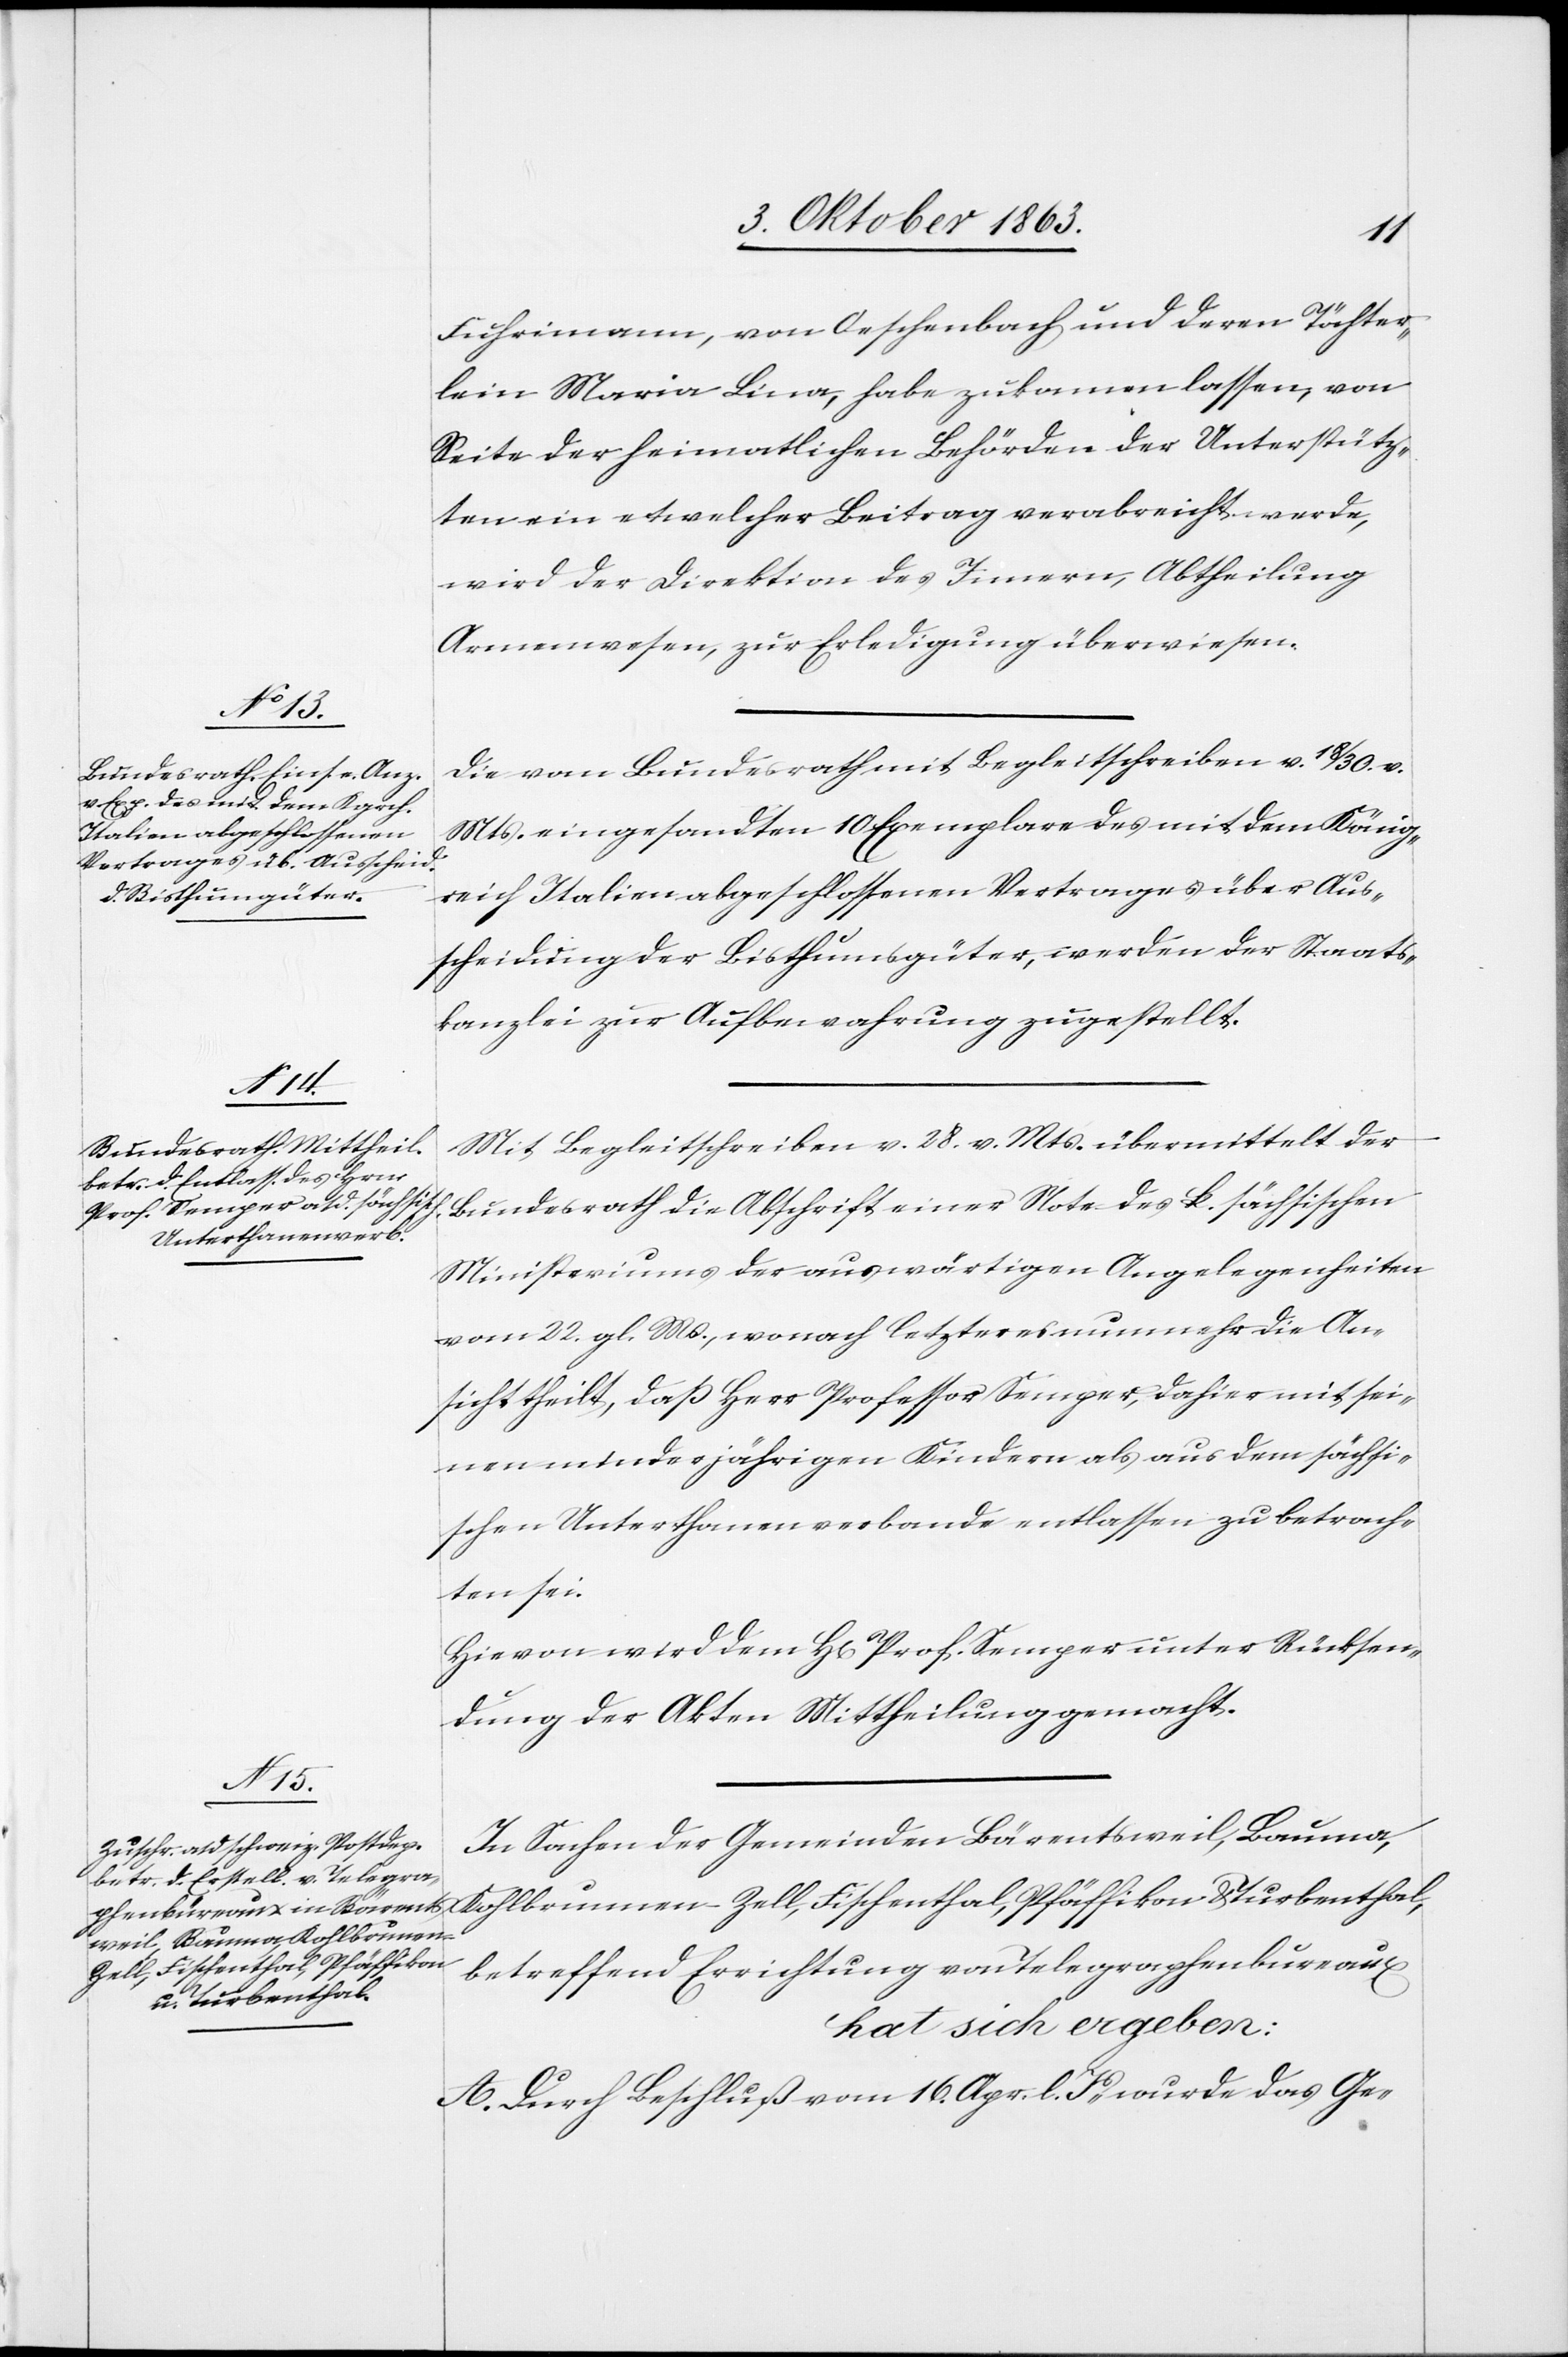
Fuhrimann, von Oeschenbach und deren Töchter¬
lein Maria Lina, habe zukamen [sic!] lassen, von
Seite der heimatlichen Behörden der Unterstütz¬
ten ein etwelcher Beitrag verabreicht werde,
wird der Direktion des Innern, Abtheilung
Armenwesen, zur Erledigung überwiesen.
Die vom Bundesrath mit Begleitschreiben v. 18/30. v.
Mts. eingesandten Exemplare des mit dem König¬
reich Italien abgeschlossenen Vertrages über Aus¬
scheidung der Bisthumsgüter, werden der Staats¬
kanzlei zur Aufbewahrung zugestellt.
Mit Begleitschreiben v. 28. v. Mts. übermittelt der
Bundesrath die Abschrift einer Note des k. sächsischen
Ministeriums der auswärtigen Angelegenheiten
vom 22. gl. Ms., wonach letzteres nunmehr die An¬
sicht theilt, daß Herr Professor Semper, dahier mit sei¬
nen minderjährigen Kindern als aus dem sächsi¬
schen Unterthanenverbande entlassen zu betrach¬
ten sei.
Hievon wird dem H[errn] Prof. Semper unter Rücksen¬
dung der Akten Mittheilung gemacht.
In Sachen der Gemeinden Bärentsweil, Bauma,
Kohlbrunnen-Zell, Fischenthal, Pfäffikon & Turbenthal,
betreffend Errichtung von Telegraphenbureaux
hat sich ergeben:
A. Durch Beschluß vom 16. April l. Js wurde das Ge-